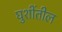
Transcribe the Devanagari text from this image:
घुशींतील